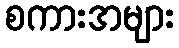
စကားအများ